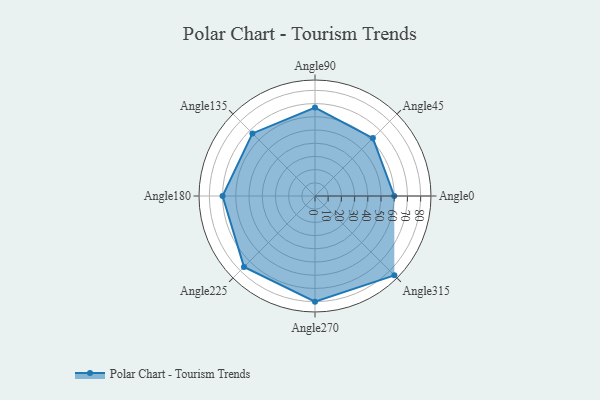
{"axis": {"x": "Angle", "y": "Radius"}, "legend": [""], "data": [{"x": "Angle0", "y": 60.0, "type": ""}, {"x": "Angle45", "y": 62.0, "type": ""}, {"x": "Angle90", "y": 67.0, "type": ""}, {"x": "Angle135", "y": 67.0, "type": ""}, {"x": "Angle180", "y": 70.0, "type": ""}, {"x": "Angle225", "y": 76.0, "type": ""}, {"x": "Angle270", "y": 80.0, "type": ""}, {"x": "Angle315", "y": 85.0, "type": ""}]}